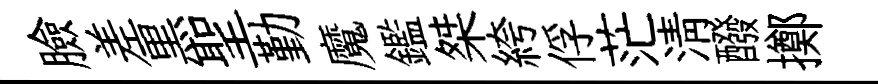
臉差黒聖勤魔鑑桀絝俘茫淸醱擲